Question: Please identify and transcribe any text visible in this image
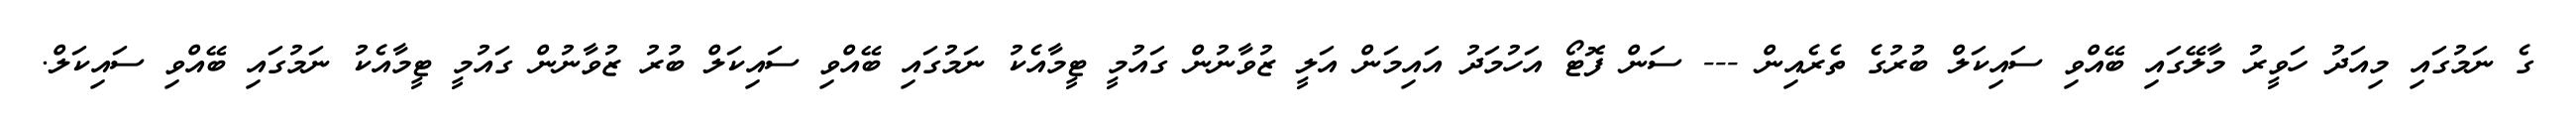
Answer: ގެ ނަމުގައި މިއަދު ހަވީރު މާލޭގައި ބޭއްވި ސައިކަލް ބުރުގެ ތެރެއިން --- ސަން ފޮޓޯ އަހުމަދު އައިމަން އަލީ ޒުވާނުން ގައުމީ ޓީމާއެކު ނަމުގައި ބޭއްވި ސައިކަލް ބުރު ޒުވާނުން ގައުމީ ޓީމާއެކު ނަމުގައި ބޭއްވި ސައިކަލް.